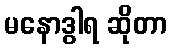
မနောဒွါရ ဆိုတာ